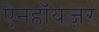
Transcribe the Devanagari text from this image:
ऐनहॉयज़र